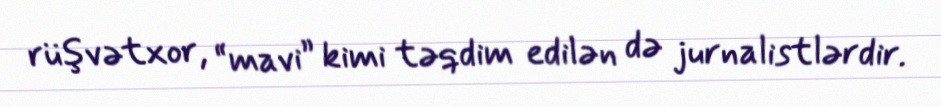
rüşvətxor, “mavi” kimi təqdim edilən də jurnalistlərdir.